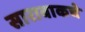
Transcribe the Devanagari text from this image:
सारावाकचे